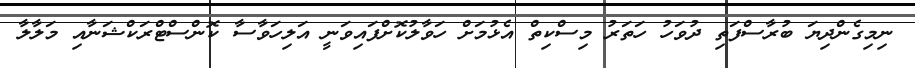
ނިމިގެންދިޔަ ބުރާސްފަތި ދުވަހު ހަތަރު މިސްކިތް އެޅުމަށް ހަވާލުކޮށްފައިވަނީ އަލިހަވާސާ ކޮންސްޓްރަކްޝަނާއި މަލާލާ